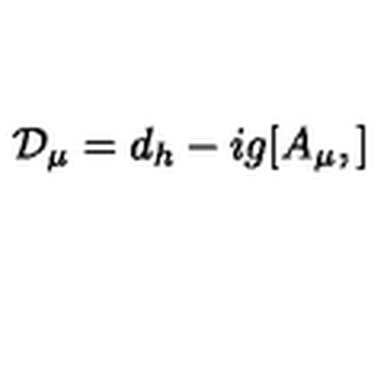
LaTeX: { \cal { D } } _ { \mu } = d _ { h } - i g [ A _ { \mu } , ]